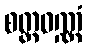
စတ္တဝဏ္ဏံ